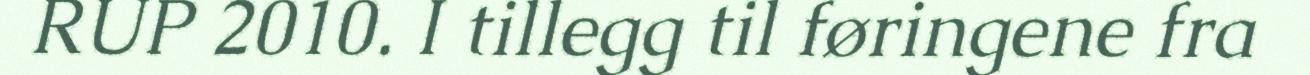
RUP 2010. I tillegg til føringene fra